Indian journal of veterinary science and animal husbandry - Volume 10,
Year: 1940
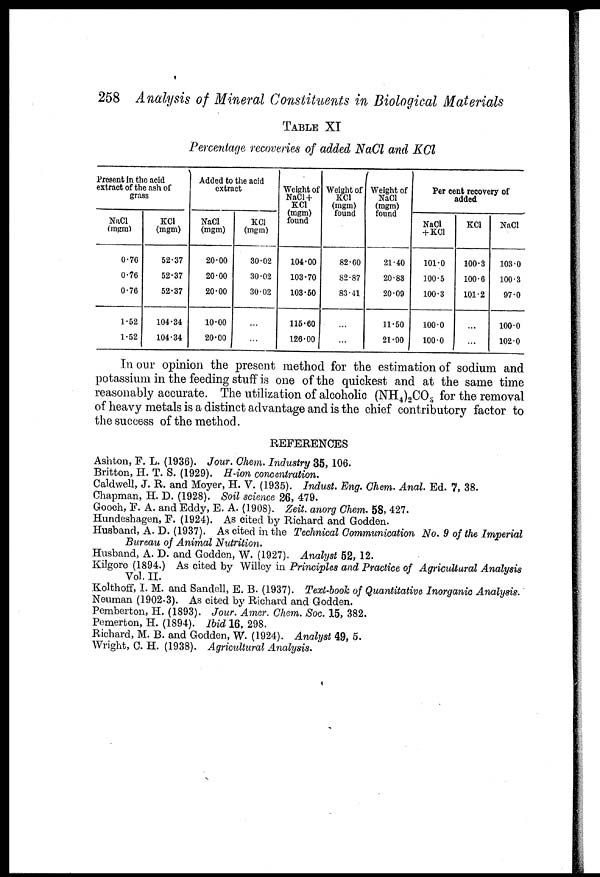
258 Analysis of Mineral Constituents in Biological Materials
TABLE XI
Percentage recoveries of added NaCl and KCl
Present in the acid
extract of the ash of
grass
NaCl
(mgm)
0.76
0.76
0.76
1.52
1.52
KCl
(mgm)
52.37
52.37
52.37
104.34
104.34
Added to the acid
extract
NaCl
(mgm)
20.00
20.00
20.00
10.00
20.00
KCl
(mgm)
30.02
30.02
30.02
. . .
. . .
Weight of
NaCL +
KCl
(mgm)
found
104.00
103.70
103.50
115.60
126.00
Weight of
KCl
(mgm)
found
82.60
82.87
83.41
. . .
. . .
Weight of
NaCl
(mgm)
found
21.40
20.83
20.09
11.50
21.90
Per cent recovery of
added
NaCl
+ KC1
101.0
100.5
100.3
100.0
100.0
KCl
100.3
100.6
101.2
. . .
. . .
NaCl
103.0
100.3
97.0
100.0
102.0
In our opinion the present method for the estimation of sodium and
potassium in the feeding stuff is one of the quickest and at the same time
reasonably accurate. The utilization of alcoholic (NH 4 ) 2 CO 3 for the removal
of heavy metals is a distinct advantage and is the chief contributory factor to
the success of the method.
REFERENCES
Ashton, F. L. (1936). Jour. Chem. Industry 35, 106.
Britton, H. T. S. (1929). H-ion concentration.
Caldwell, J. R. and Moyer, H. V. (1935). Indust. Eng. Chem. Anal. Ed. 7, 38.
Chapman, H. D. (1928). Soil science 26, 479.
Gooch, F. A. and Eddy, E. A. (1908). Zeit. anorg Chem. 58, 427.
Hundeshagen, F. (1924). As cited by Richard and Godden.
Husband, A. D. (1937). As cited in the Technical Communication No. 9 of the Imperial
Bureau of Animal Nutrition.
Husband, A. D. and Godden, W. (1927). Analyst 52, 12.
Kilgore (1894.) As cited by Willey in Principles and Practice of Agricultural Analysis
Vol. II.
Kolthoff, I. M. and Sandell, E. B. (1937). Text-book of Quantitative Inorganic Analysis.
Neuman (1902-3). As cited by Richard and Godden.
Pemberton, H. (1893). Jour. Amer. Chem. Soc. 15, 382.
Pemerton, H. (1894). Ibid 16, 298.
Richard, M. B. and Godden, W. (1924). Analyst 49, 5.
Wright, C. H. (1938). Agricultural Analysis.